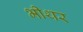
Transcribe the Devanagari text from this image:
भीथर